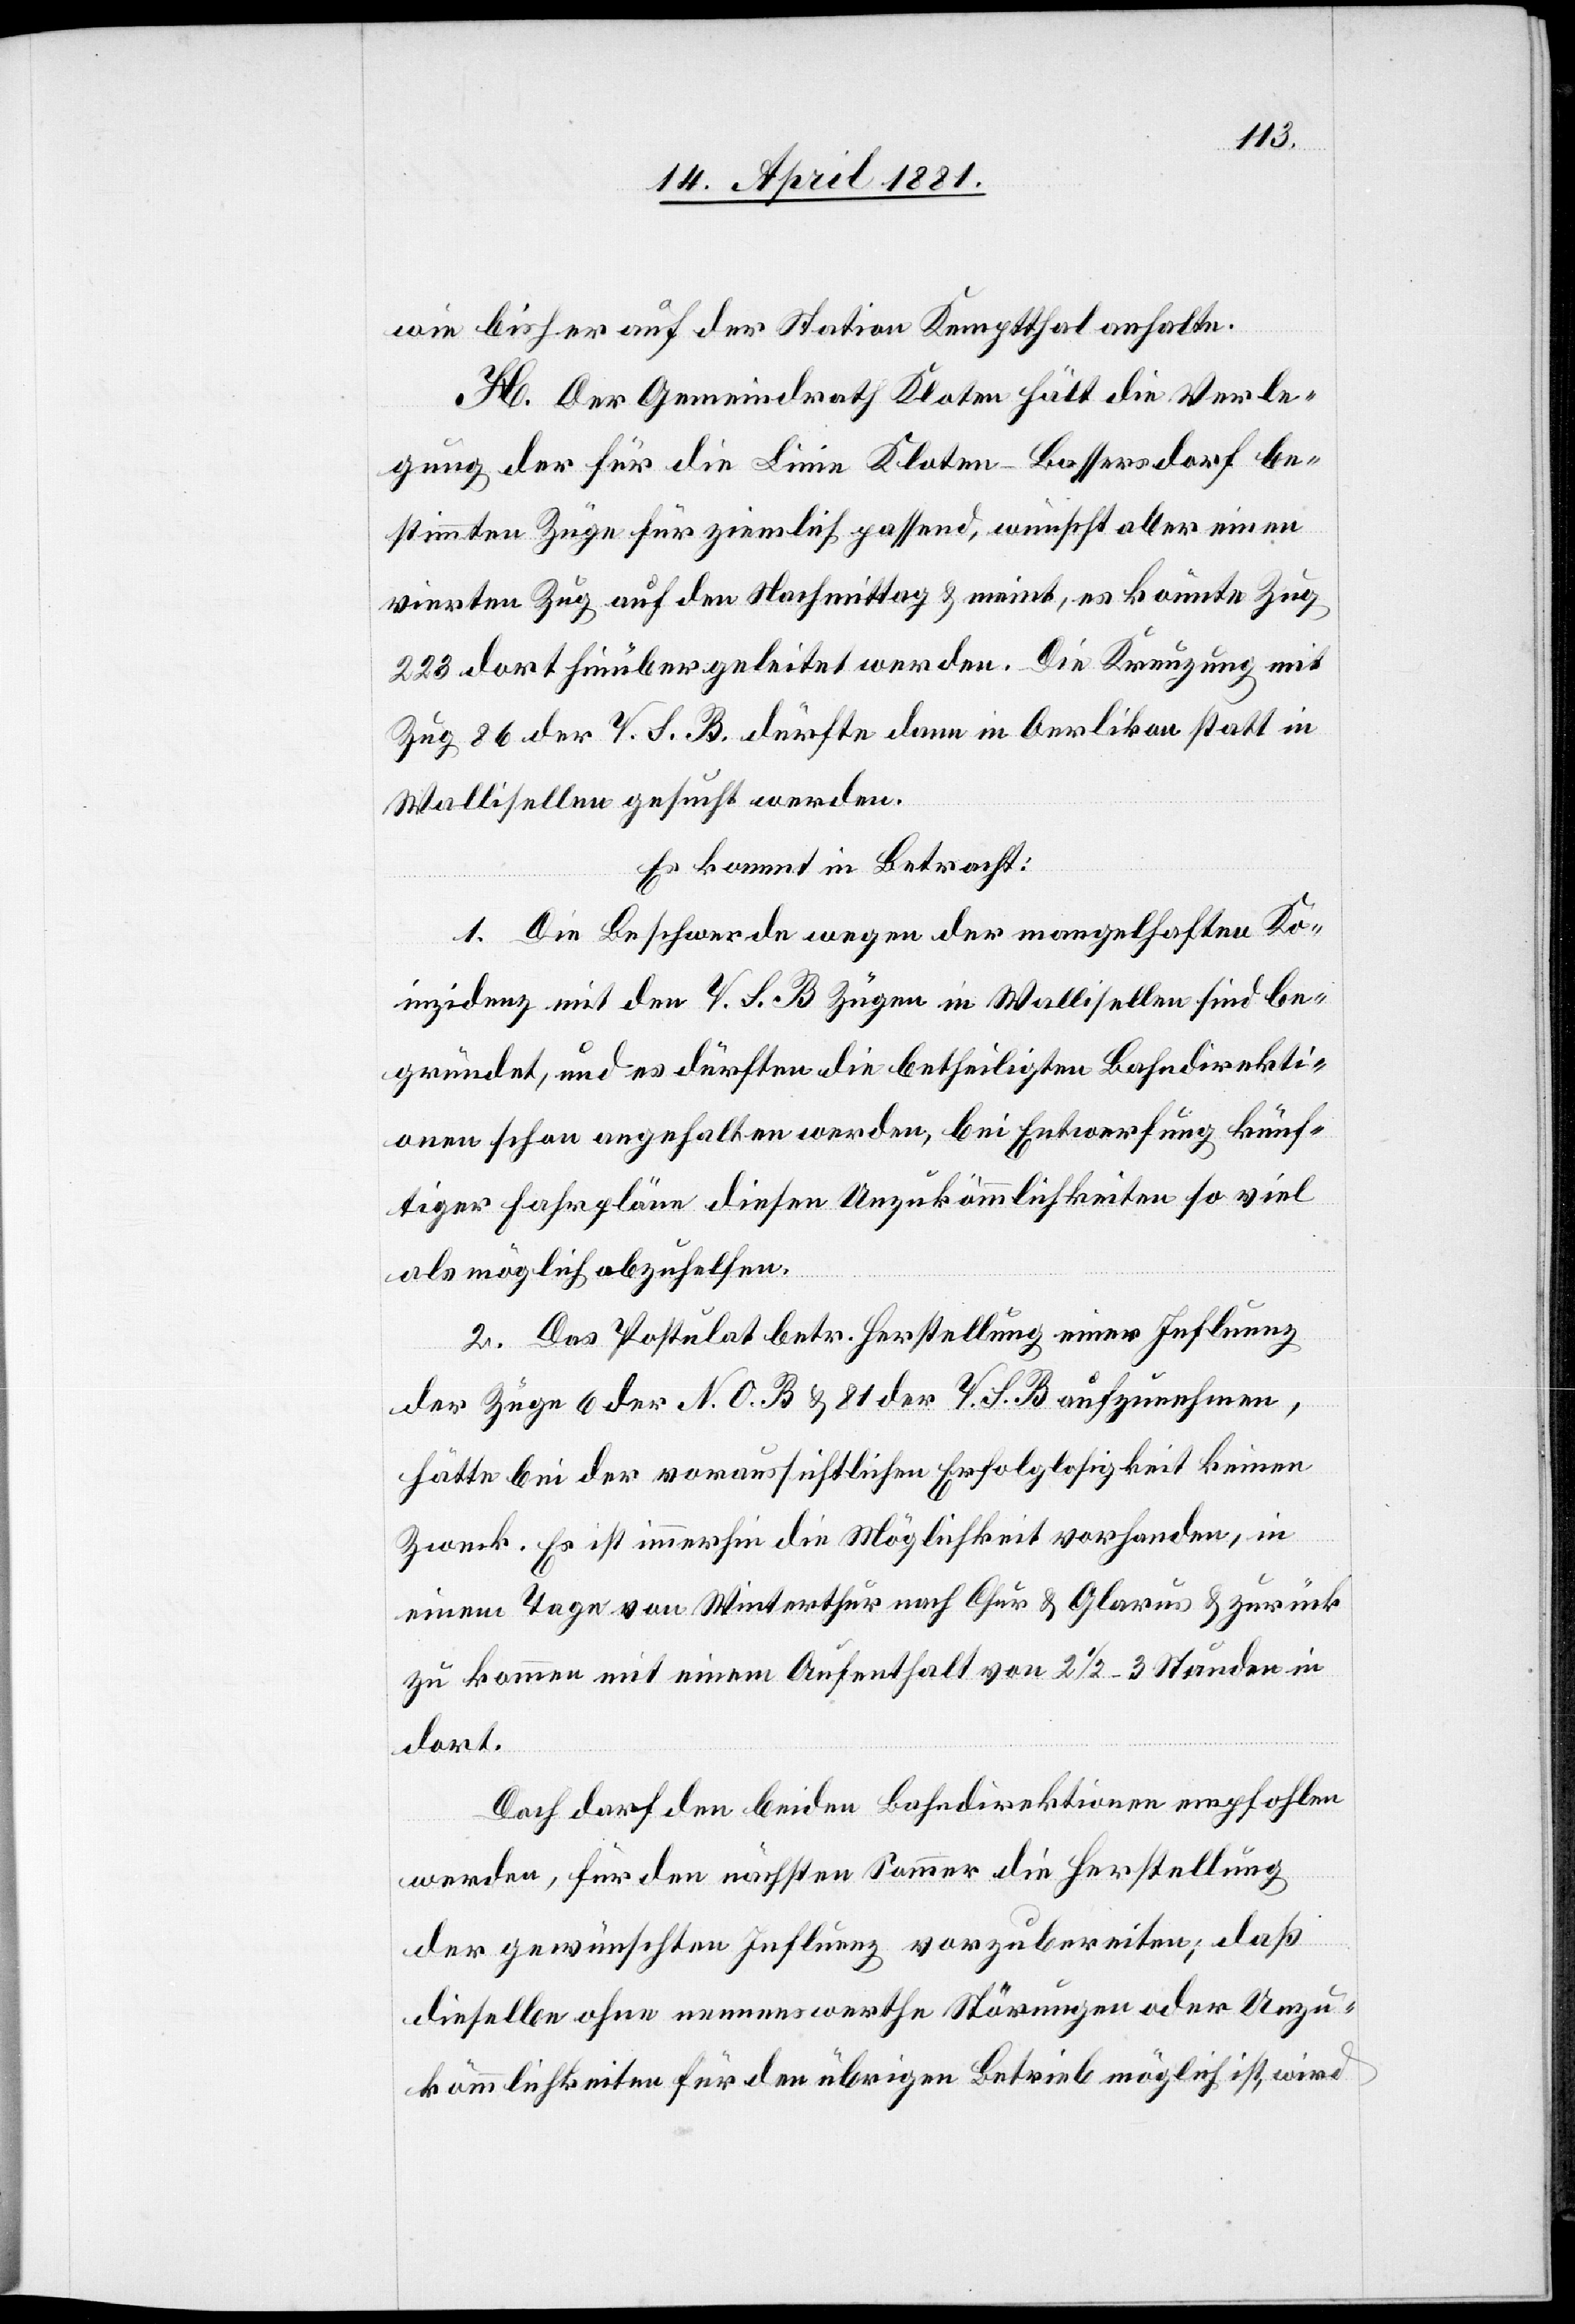
wie bisher auf der Station Kemptthal anhalte.
H. Der Gemeindrath Kloten hält die Verle¬
gung der für die Linie Kloten–Bassersdorf be¬
stimmten Züge für ziemlich passend, wünscht aber einen
vierten Zug auf den Nachmittag & meint, es könnte Zug
223 dort hinüber geleitet werden. Die Kreuzung mit
Zug 86 der V. S. B. dürfte dann in Oerlikon statt in
Wallisellen gesucht werden.
Es kommt in Betracht:
1. Die Beschwerde wegen der mangelhaften Ko¬
inzidenz mit den V. S. B. Zügen in Wallisellen sind be¬
gründet, und es dürften die betheiligten Bahndirekti¬
onen schon angehalten werden, bei Entwertung künf¬
tiger Fahrpläne diesen Unzukömmlichkeiten so viel
als möglich abzuhalten.
2. Das Postulat betr. Herstellung einer Influenz
der Züge 6 der N. O. B. & 81 der V. S. B. aufzunehmen,
hätte bei der voraussichtlichen Erfolglosigkeit keinen
Zweck. Es ist immerhin die Möglichkeit vorhanden, in
einem Tage von Winterthur nach Chur & Glarus & zurück
zu kommen mit einem Aufenthalt von 2 1/2–3 Stunden in
dort.
Doch darf den beiden Bahndirektionen empfohlen
werden, für den nächsten Sommer die Herstellung
der gewünschten Influenz vorzubereiten, daß
dieselbe ohne nennenswerthe Störungen oder Unzu¬
kömmlichkeiten für den übrigen Betrieb möglich ist, wird